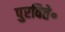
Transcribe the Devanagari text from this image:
पुरविते॰